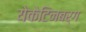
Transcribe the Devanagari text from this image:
येकेटिनबर्ग